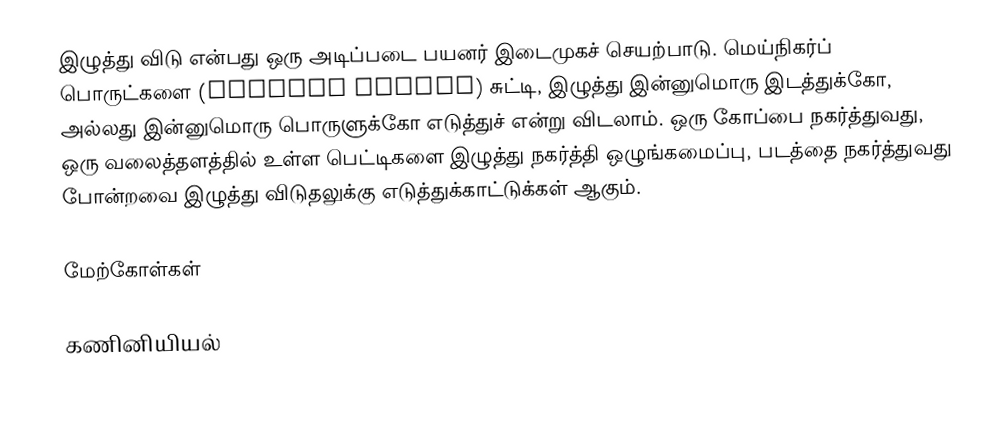
இழுத்து விடு என்பது ஒரு அடிப்படை பயனர் இடைமுகச் செயற்பாடு. மெய்நிகர்ப் பொருட்களை (virtual object) சுட்டி, இழுத்து இன்னுமொரு இடத்துக்கோ, அல்லது இன்னுமொரு பொருளுக்கோ எடுத்துச் என்று விடலாம். ஒரு கோப்பை நகர்த்துவது, ஒரு வலைத்தளத்தில் உள்ள பெட்டிகளை இழுத்து நகர்த்தி ஒழுங்கமைப்பு, படத்தை நகர்த்துவது போன்றவை இழுத்து விடுதலுக்கு எடுத்துக்காட்டுக்கள் ஆகும்.

மேற்கோள்கள்

கணினியியல்